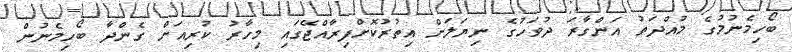
ބޯހިމެނުމުގެ މުއްދަތު އަންގާރަ ދުވަހުގެ ނިޔަލަށް އިތުރުކޮށްފިރާއްޖޭގައި މިހާރު ކުރިއަށް ގެންދާ ބޯހިމެނުން